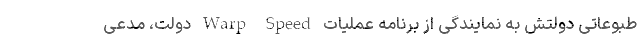
طبوعاتی دولتش به نمایندگی از برنامه عملیات Warp Speed دولت، مدعی